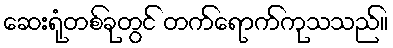
ဆေးရုံတစ်ခုတွင် တက်ရောက်ကုသသည်။